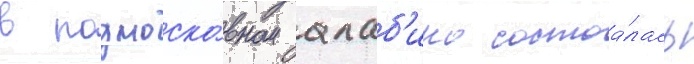
в подмоско́вном алаб'ино состоа́лась